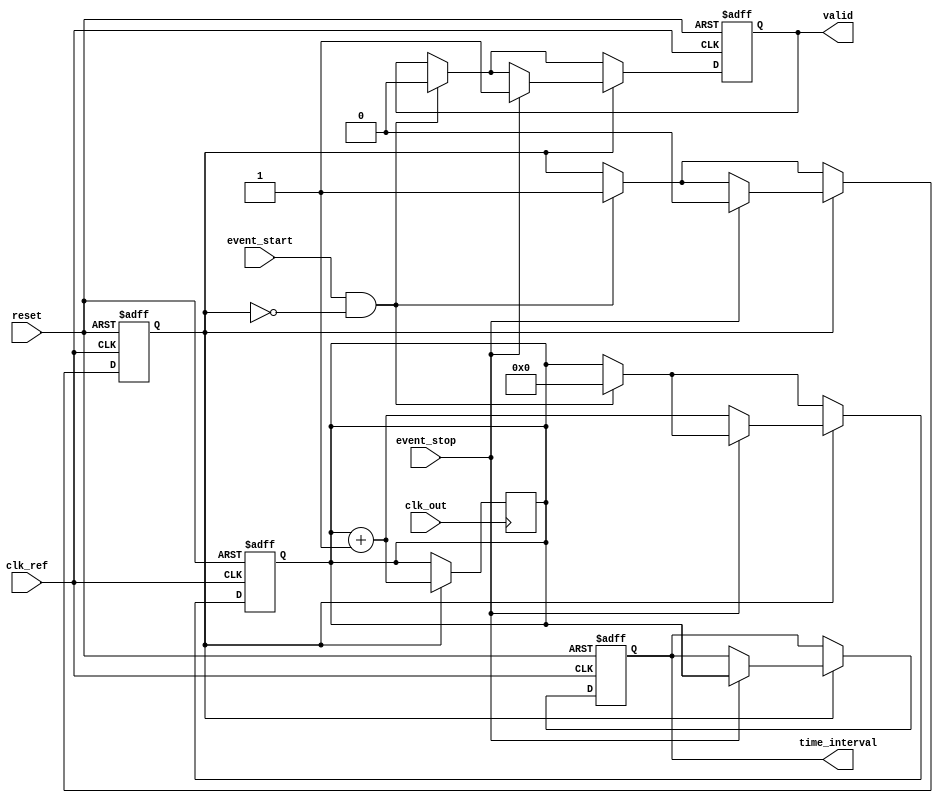
module TDC_PLL (
    input wire clk_ref,      // Reference clock for PLL
    input wire event_start,  // Start event input
    input wire event_stop,   // Stop event input
    output reg [15:0] time_interval, // Output time interval in clock cycles
    output reg valid,        // Signal indicating valid output
    input wire reset,        // Reset signal
    input wire clk_out       // Output clock from VCO (idealized PLL output)
);

    reg [15:0] counter;      // Counter to measure clock cycles
    reg measuring;           // State to check if we are measuring

    // PLL simulation (ideal)
    // In an actual implementation, this would involve phase detector, 
    // loop filter, and voltage-controlled oscillator (VCO) functionality.
    // Here, we assume clk_out is the output clock from VCO with the desired frequency.

    always @(posedge clk_ref or posedge reset) begin
        if (reset) begin
            counter <= 16'd0;
            time_interval <= 16'd0;
            valid <= 1'b0;
            measuring <= 1'b0;
        end else begin
            if (event_start && !measuring) begin
                // Start the measurement
                measuring <= 1'b1;
                counter <= 16'd0; // Initialize counter
                valid <= 1'b0;    // Reset the valid flag
            end

            if (measuring) begin
                if (event_stop) begin
                    // Stop the measurement
                    time_interval <= counter; // Capture the counted clock cycles
                    valid <= 1'b1;            // Indicate valid output
                    measuring <= 1'b0;        // Reset measuring state
                end else begin
                    counter <= counter + 1;   // Increment counter on each clock cycle
                end
            end
        end
    end

    // Time measurement logic
    always @(posedge clk_out) begin
        if (measuring) begin
            counter <= counter + 1; // Increment on the output clock (VCO)
        end
    end

endmodule